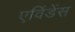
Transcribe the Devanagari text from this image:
एविंडेंस